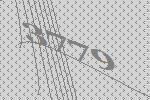
3779